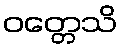
ဝတ္တေသိ